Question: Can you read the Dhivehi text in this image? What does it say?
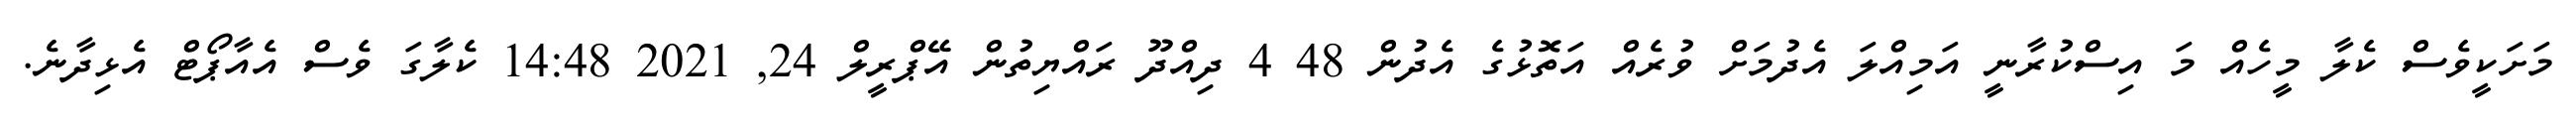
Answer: މަށަކީވެސް ކެލާ މީހެއް މަ އިސްކުރާނީ އަމިއްލަ އެދުމަށް ވުރެއް އަތޮޅުގެ އެދުން 48 4 ދިއްދޫ ރައްޔިތުން އޭޕްރީލް 24, 2021 14:48 ކެލާގަ ވެސް އެއާޕޯޓް އެޅިދާނެ.